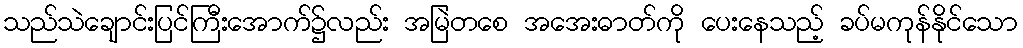
သည်သဲချောင်းပြင်ကြီးအောက်၌လည်း အမြဲတစေ အအေးဓာတ်ကို ပေးနေသည့် ခပ်မကုန်နိုင်သော